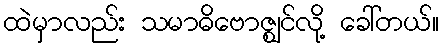
ထဲမှာလည်း သမာဓိဗောဇ္ဈင်လို့ ခေါ်တယ်။